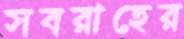
সবরাহের